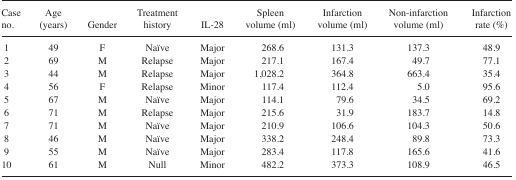
| Case no. | Age (years) | Gender | Treatment history | IL-28 | Spleen volume (ml) | Infarction volume (ml) | Non-infarction volume (ml) | Infarction rate (%) |
 | --- | --- | --- | --- | --- | --- | --- | --- | --- |
 | 1 | 49 | F | Naïve | Major | 268.6 | 131.3 | 137.3 | 48.9 |
 | 2 | 69 | M | Relapse | Major | 217.1 | 167.4 | 49.7 | 77.1 |
 | 3 | 44 | M | Relapse | Major | 1,028.2 | 364.8 | 663.4 | 35.4 |
 | 4 | 56 | F | Relapse | Minor | 117.4 | 112.4 | 5.0 | 95.6 |
 | 5 | 67 | M | Naïve | Major | 114.1 | 79.6 | 34.5 | 69.2 |
 | 6 | 71 | M | Relapse | Major | 215.6 | 31.9 | 183.7 | 14.8 |
 | 7 | 71 | M | Naïve | Major | 210.9 | 106.6 | 104.3 | 50.6 |
 | 8 | 46 | M | Naïve | Major | 338.2 | 248.4 | 89.8 | 73.3 |
 | 9 | 55 | M | Naïve | Major | 283.4 | 117.8 | 165.6 | 41.6 |
 | 10 | 61 | M | Null | Minor | 482.2 | 373.3 | 108.9 | 46.5 |